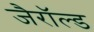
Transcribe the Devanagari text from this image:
जैरॉल्ड